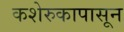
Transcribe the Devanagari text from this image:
कशेरुकापासून